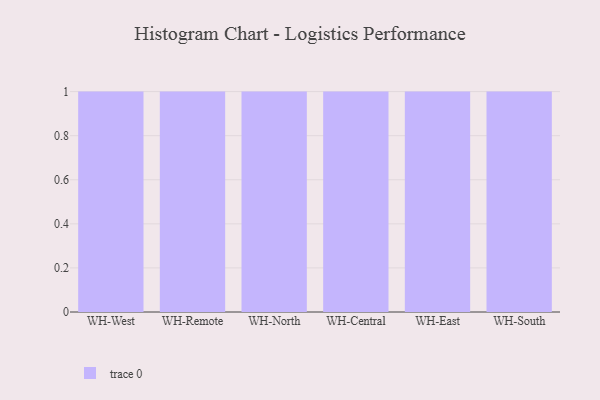
{"axis": {"x": "Warehouse", "y": "Active Users"}, "legend": [""], "data": [{"x": "WH-West", "y": 39, "type": ""}, {"x": "WH-Remote", "y": 33, "type": ""}, {"x": "WH-North", "y": 6, "type": ""}, {"x": "WH-Central", "y": 49, "type": ""}, {"x": "WH-East", "y": 6, "type": ""}, {"x": "WH-South", "y": 22, "type": ""}]}